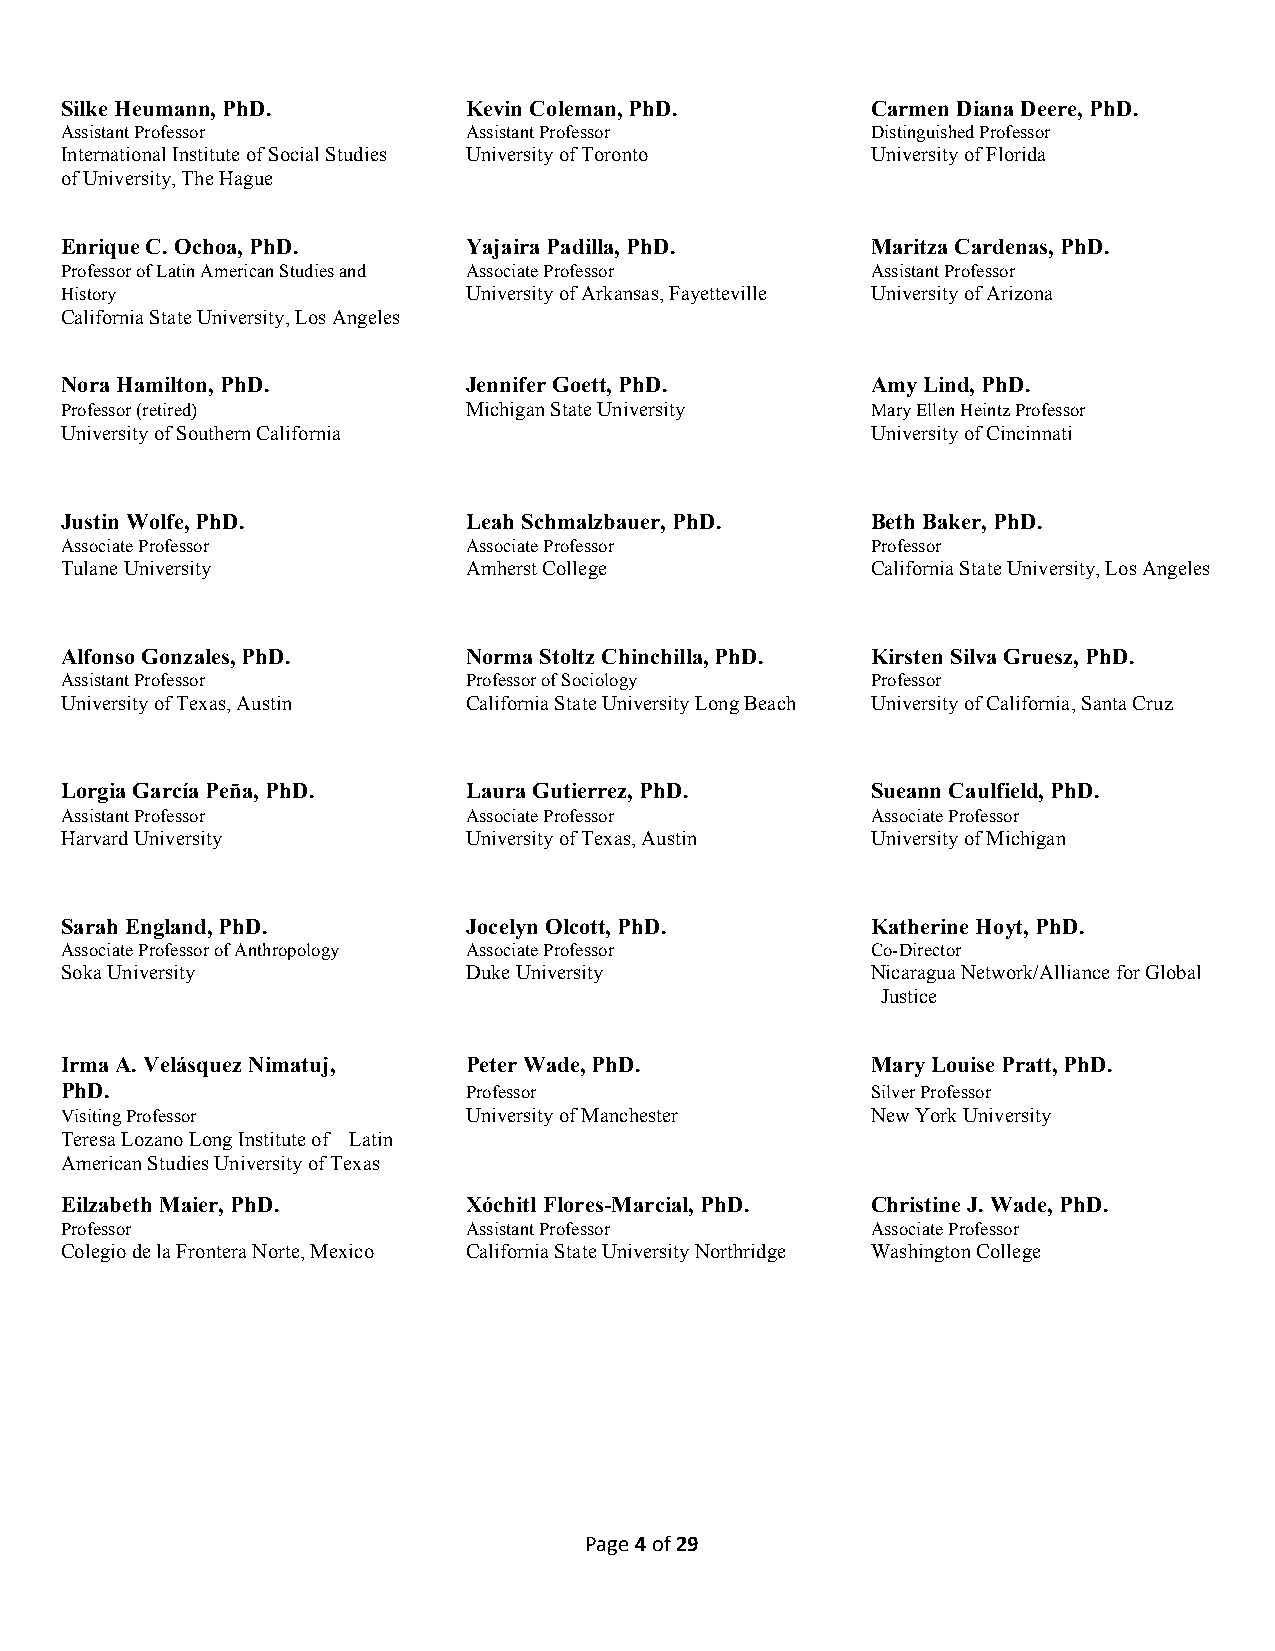
Silke Heumann, PhD.        Kevin Coleman, PhD.        Carmen Diana Deere, PhD.
 Assistant Professor        Assistant Professor        Distinguished Professor
 International Institute of Social Studies University of Toronto University of Florida
 of University, The Hague
 Enrique C. Ochoa, PhD.     Yajaira Padilla, PhD.      Maritza Cardenas, PhD.
 Professor of Latin American Studies and Associate Professor Assistant Professor
 History                    University of Arkansas, Fayetteville University of Arizona
 California State University, Los Angeles
 Nora Hamilton, PhD.        Jennifer Goett, PhD.       Amy Lind, PhD.
 Professor (retired)        Michigan State University  Mary Ellen Heintz Professor
 University of Southern California                     University of Cincinnati
 Justin Wolfe, PhD.         Leah Schmalzbauer, PhD.    Beth Baker, PhD.
 Associate Professor        Associate Professor        Professor
 Tulane University          Amherst College            California State University, Los Angeles
 Alfonso Gonzales, PhD.     Norma Stoltz Chinchilla, PhD. Kirsten Silva Gruesz, PhD.
 Assistant Professor        Professor of Sociology     Professor
 University of Texas, Austin California State University Long Beach University of California, Santa Cruz
 Lorgia García Peña, PhD.   Laura Gutierrez, PhD.      Sueann Caulfield, PhD.
 Assistant Professor        Associate Professor        Associate Professor
 Harvard University         University of Texas, Austin University of Michigan
 Sarah England, PhD.        Jocelyn Olcott, PhD.       Katherine Hoyt, PhD.
 Associate Professor of Anthropology Associate Professor Co-Director
 Soka University            Duke University            Nicaragua Network/Alliance for Global
 Justice
 Irma A. Velásquez Nimatuj, Peter Wade, PhD.           Mary Louise Pratt, PhD.
 PhD.                       Professor                  Silver Professor
 Visiting Professor         University of Manchester   New York University
 Teresa Lozano Long Institute of Latin
 American Studies University of Texas
 Eilzabeth Maier, PhD.      Xóchitl Flores-Marcial, PhD. Christine J. Wade, PhD.
 Professor                  Assistant Professor        Associate Professor
 Colegio de la Frontera Norte, Mexico California State University Northridge Washington College
 Page 4 of 29